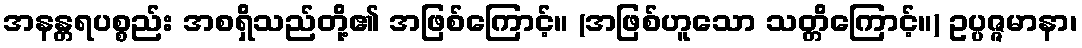
အနန္တရပစ္စည်း အစရှိသည်တို့၏ အဖြစ်ကြောင့်။ (အဖြစ်ဟူသော သတ္တိကြောင့်။) ဥပ္ပဇ္ဇမာနာ၊